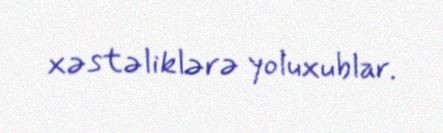
xəstəliklərə yoluxublar.